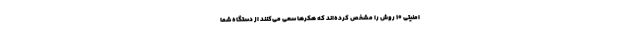
امنیتی ۱۰ روش را مشخص کرده‌اند که هکرها سعی می‌کنند از دستگاه شما